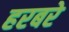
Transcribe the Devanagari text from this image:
हरबरे